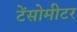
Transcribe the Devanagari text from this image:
टेंसोमीटर